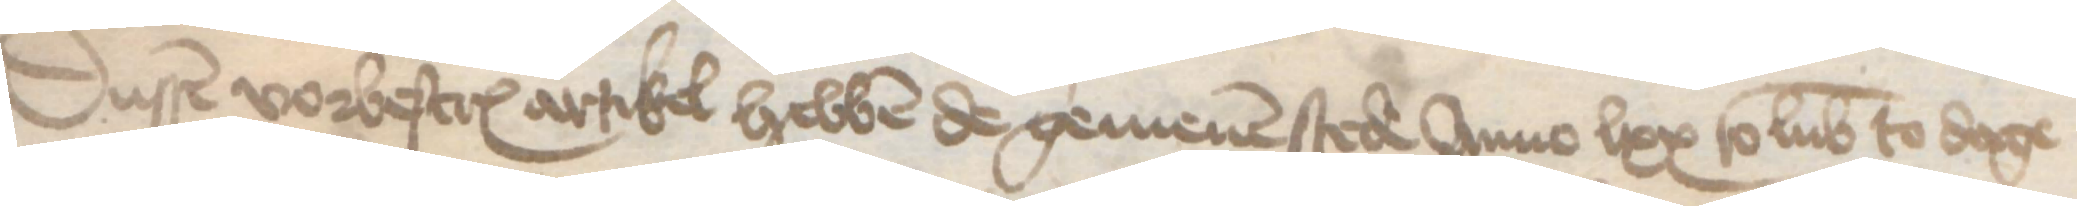
Dussen vorbescreuen artikel hebben de gemenen stede Anno lxx to Lubeke to dage